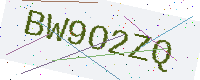
Text: BW9O2ZQ